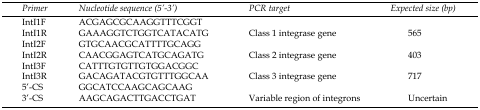
| Primer | Nucleotide sequence (5’-3’) | PCR target | Expected size (bp) |
 | --- | --- | --- | --- |
 | IntI1F | ACGAGCGCAAGGTTTCGGT |  |  |
 | IntI1R | GAAAGGTCTGGTCATACATG | Class 1 integrase gene | 565 |
 | IntI2F | GTGCAACGCATTTTGCAGG |  |  |
 | IntI2R | CAACGGAGTCATGCAGATG | Class 2 integrase gene | 403 |
 | IntI3F | CATTTGTGTTGTGGACGGC |  |  |
 | IntI3R | GACAGATACGTGTTTGGCAA | Class 3 integrase gene | 717 |
 | 5'-CS | GGCATCCAAGCAGCAAG |  |  |
 | 3'-CS | AAGCAGACTTGACCTGAT | Variable region of integrons | Uncertain |